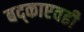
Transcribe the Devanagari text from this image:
बद्काएवढी